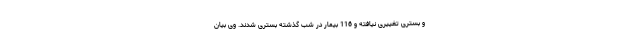
و بستری تغییری نیافته و 116 بیمار در شب گذشته بستری شدند. وی بیان